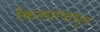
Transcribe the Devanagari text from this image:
किड्यांपासून